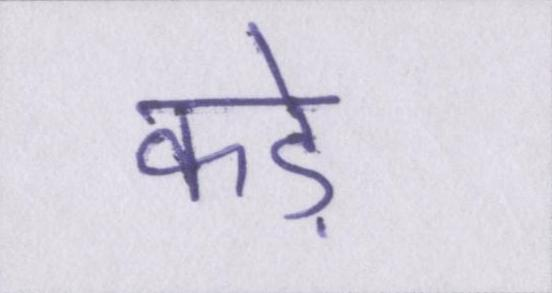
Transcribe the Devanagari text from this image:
कड़े